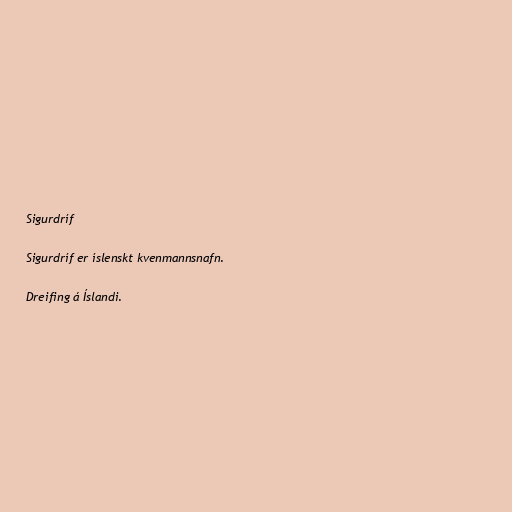
Sigurdríf

Sigurdríf er íslenskt kvenmannsnafn.

Dreifing á Íslandi.